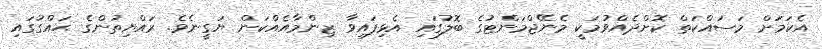
އެކަމަށް މަސައްކަތް ކޮށްދެއްވުމަކީ މެނޭޖްމަންޓުގެ ބޮލުގައި އެޅިފައިވާ ޒިންމާއެއްކަން ޔަގީނެވެ. ރައްޔިތުންގެ ޙައްގުގައި